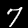
Digit: 7